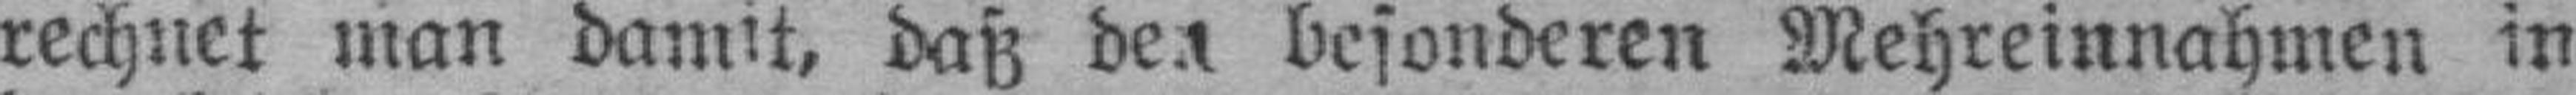
rechnet man damit, daß den besonderen Mehreinnahmen in